Indian journal of veterinary science and animal husbandry - Volume 14,
Year: 1944
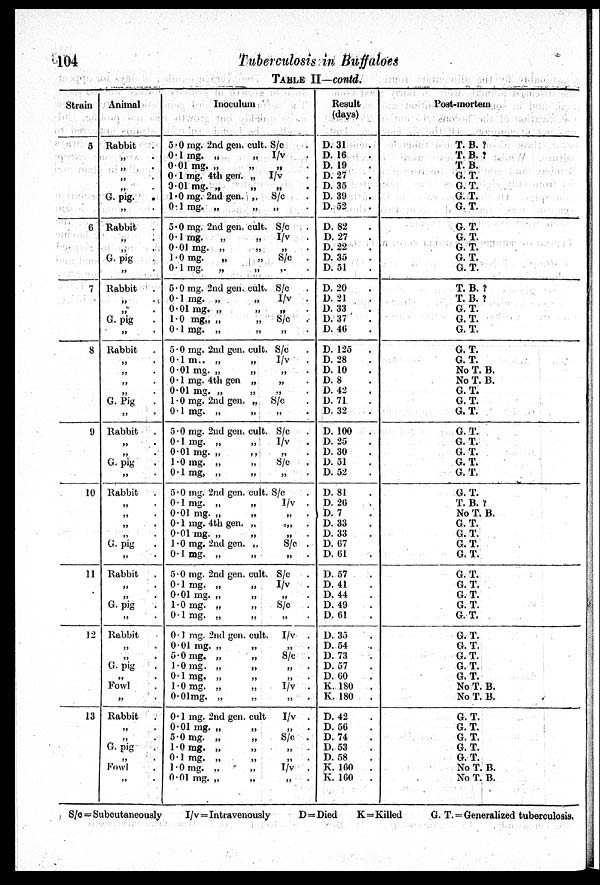
104
Tuberculosis in Buffaloes
TABLE II—contd.
Strain
5
6
7
8
9
10
11
12
13
Animal
Rabbit .
„ .
„ .
„ .
„ .
G. pig. .
„ .
Rabbit
.
„ .
„ .
G. pig .
„ .
Rabbit .
„ .
„ .
G. pig .
„ .
Rabbit
.
„ .
„ .
„ .
„ .
G. Pig
.
„ .
Rabbit .
„ .
„ .
G. pig .
„ .
Rabbit .
„ .
„ .
„ .
„ .
G. pig .
„ .
Rabbit
.
„ .
„ .
G. pig .
„ .
Rabbit .
„ .
„ .
G. pig .
„ .
Fowl .
„ .
Rabbit .
„ .
„ .
G. pig .
„ .
Fowl .
„ .
Inoculum
5.0 mg. 2nd gen. cult. S/c .
0.1 mg. „
„ I/v .
001 mg. „
„
„
0.1 mg. 4th gen. „ I/v .
0.01 mg. „
„
„ .
1.0 mg. 2nd gen. „ S/c .
0.1 mg. „
„
„ .
5.0 mg. 2nd gen. cult. S/c .
0.1 mg.
„
„ I/v .
0.01 mg. „
„
„ .
1.0 mg.
„
„
S/c .
0.1 mg. „
„ „ .
5.0 mg. 2nd gen. cult. S/c .
0.1 mg. „
„
I/v .
0.01 mg. „
„
„ .
1.0 mg„ „
„ S/c .
0.1 mg. „
„
„ .
5.0 mg. 2nd gen. cult. S/c .
0.1 m.. „
„
I/v .
0.01 mg. „
„
„ .
0.1 mg. 4th gen „
„ .
0.01 mg. „
„ „ .
1.0 mg. 2nd gen. „ S/c .
0.1 mg. „
„
„ .
5.0 mg. 2nd gen. cult. S/c .
0.1 mg. „
„
I/v .
0.01 mg. „
„
„
.
1.0 mg. „
„
S/c .
0.1 mg, „
„
„ .
5.0 mg. 2nd gen. cult. S/c .
0.1 mg. „
„
I/v
.
0.01 mg. „
„
„ .
0.1 mg. 4th gen. „ „ .
0.01 mg. „
„
„ .
1.0 mg. 2nd gen.
„
S/c .
0.1 mg. „
„
„ .
5.0 mg. 2nd gen. cult. S/c .
0.1 mg. „
„
I/v .
0.01 mg. „
„
„ .
1.0 mg. „
„
S/c .
0.1 mg. „
„
„ .
0.1 mg. 2nd gen. cult. I/v .
0.01 mg. „
„
„ .
5.0 mg. „
„
S/c .
1.0 mg. „
„
„ .
0.1 mg. „
„
„ .
1.0 mg. „
„
I/v .
0.01 mg. „
„
„ .
0.1 mg. 2nd gen. cult
I/v .
0.01 mg. „
„
„ .
5.0 mg. „
„
S/c .
1.0 mg. „
„
„ .
0.1 mg. „
„
„
1.0 mg.
„
„
I/v
.
0.01 mg. „
„
„
.
Result
(days)
D. 31 .
D. 16 .
D. 19 .
D. 27 .
D. 35 .
D. 39 .
D. 52 .
D. 82 .
D. 27 .
D. 22 .
D. 35 .
D. 51 .
D. 20 .
D. 21 .
D. 33 .
D. 37 .
D. 46 .
D. 125
.
D. 28 .
D. 10 .
D. 8 .
D. 42 .
D. 71 .
D. 32 .
D. 100
.
D. 25 .
D. 30 .
D. 51 .
D. 52 .
D. 81 .
D. 26 .
D. 7 .
D. 33 .
D. 33 .
D. 67 .
D. 61 .
D. 57 .
D. 41 .
D. 44 .
D. 49 .
D. 61 .
D. 35 .
D. 54 .
D. 73 .
D. 57 .
D. 60 .
K. 180
.
K. 180
.
D. 42 .
D. 56 .
D. 74 .
D. 53 .
D. 58 .
K. 160
.
K. 160 .
Post-mortem
T. B. ?
T. B. ?
T. B.
G. T.
G. T.
G. T.
G. T.
G. T.
G. T.
G. T.
G. T.
G. T.
T. B. ?
T. B. ?
G. T.
G. T.
G. T.
G. T.
G. T.
No T. B.
No T. B.
G. T.
G. T.
G. T.
G. T.
G. T.
G. T.
G. T.
G. T.
G. T.
T. B. ?
No T. B.
G. T.
G. T.
G. T.
G. T.
G. T.
G. T.
G.T.
G. T.
G. T.
G. T.
G. T.
G. T.
G. T.
G. T.
No T. B.
No T. B.
G. T.
G. T.
G. T.
G. T.
G. T.
No T. B.
No T. B.
S/c = Subcutaneously
I/v = Intravenously
D = Died
K = Killed
G. T. = Generalized tuberculosis.